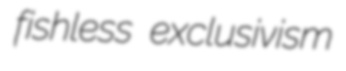
fishless exclusivism